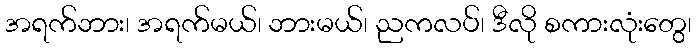
အရက်ဘား၊ အရက်မယ်၊ ဘားမယ်၊ ညကလပ်၊ ဒီလို စကားလုံးတွေ၊